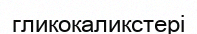
гликокаликстері